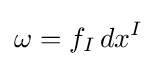
\omega =f_{I}\,dx^{I}